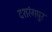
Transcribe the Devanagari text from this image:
दशरंगपुर